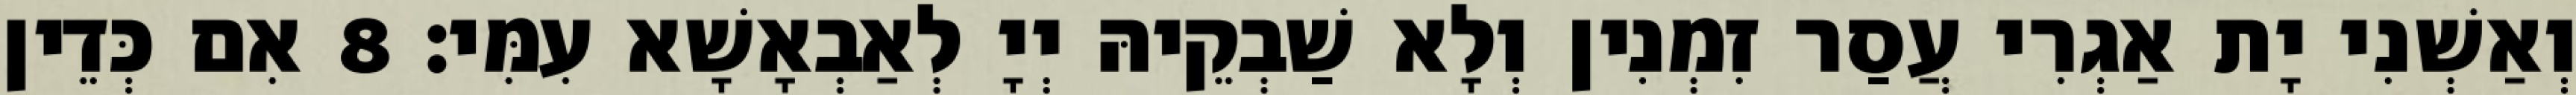
וְאַשְׁנִי יָת אַגְרִי עֲסַר זִמְנִין וְלָא שַׁבְקֵיהּ יְיָ לְאַבְאָשָׁא עִמִּי׃ 8 אִם כְּדֵין